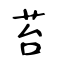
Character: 苔